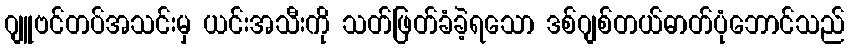
ဂျူဗင်တပ်အသင်းမှ ယင်းအသီးကို သတ်ဖြတ်ခံခဲ့ရသော ဒစ်ဂျစ်တယ်ဓာတ်ပုံဘောင်သည်